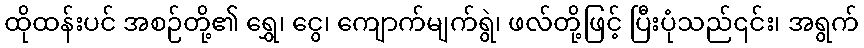
ထိုထန်းပင် အစဉ်တို့၏ ရွှေ၊ ငွေ၊ ကျောက်မျက်ရွဲ၊ ဖလ်တို့ဖြင့် ပြီးပုံသည်၎င်း၊ အရွက်